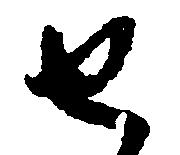
せ